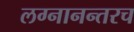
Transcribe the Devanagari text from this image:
लग्नानन्तरच